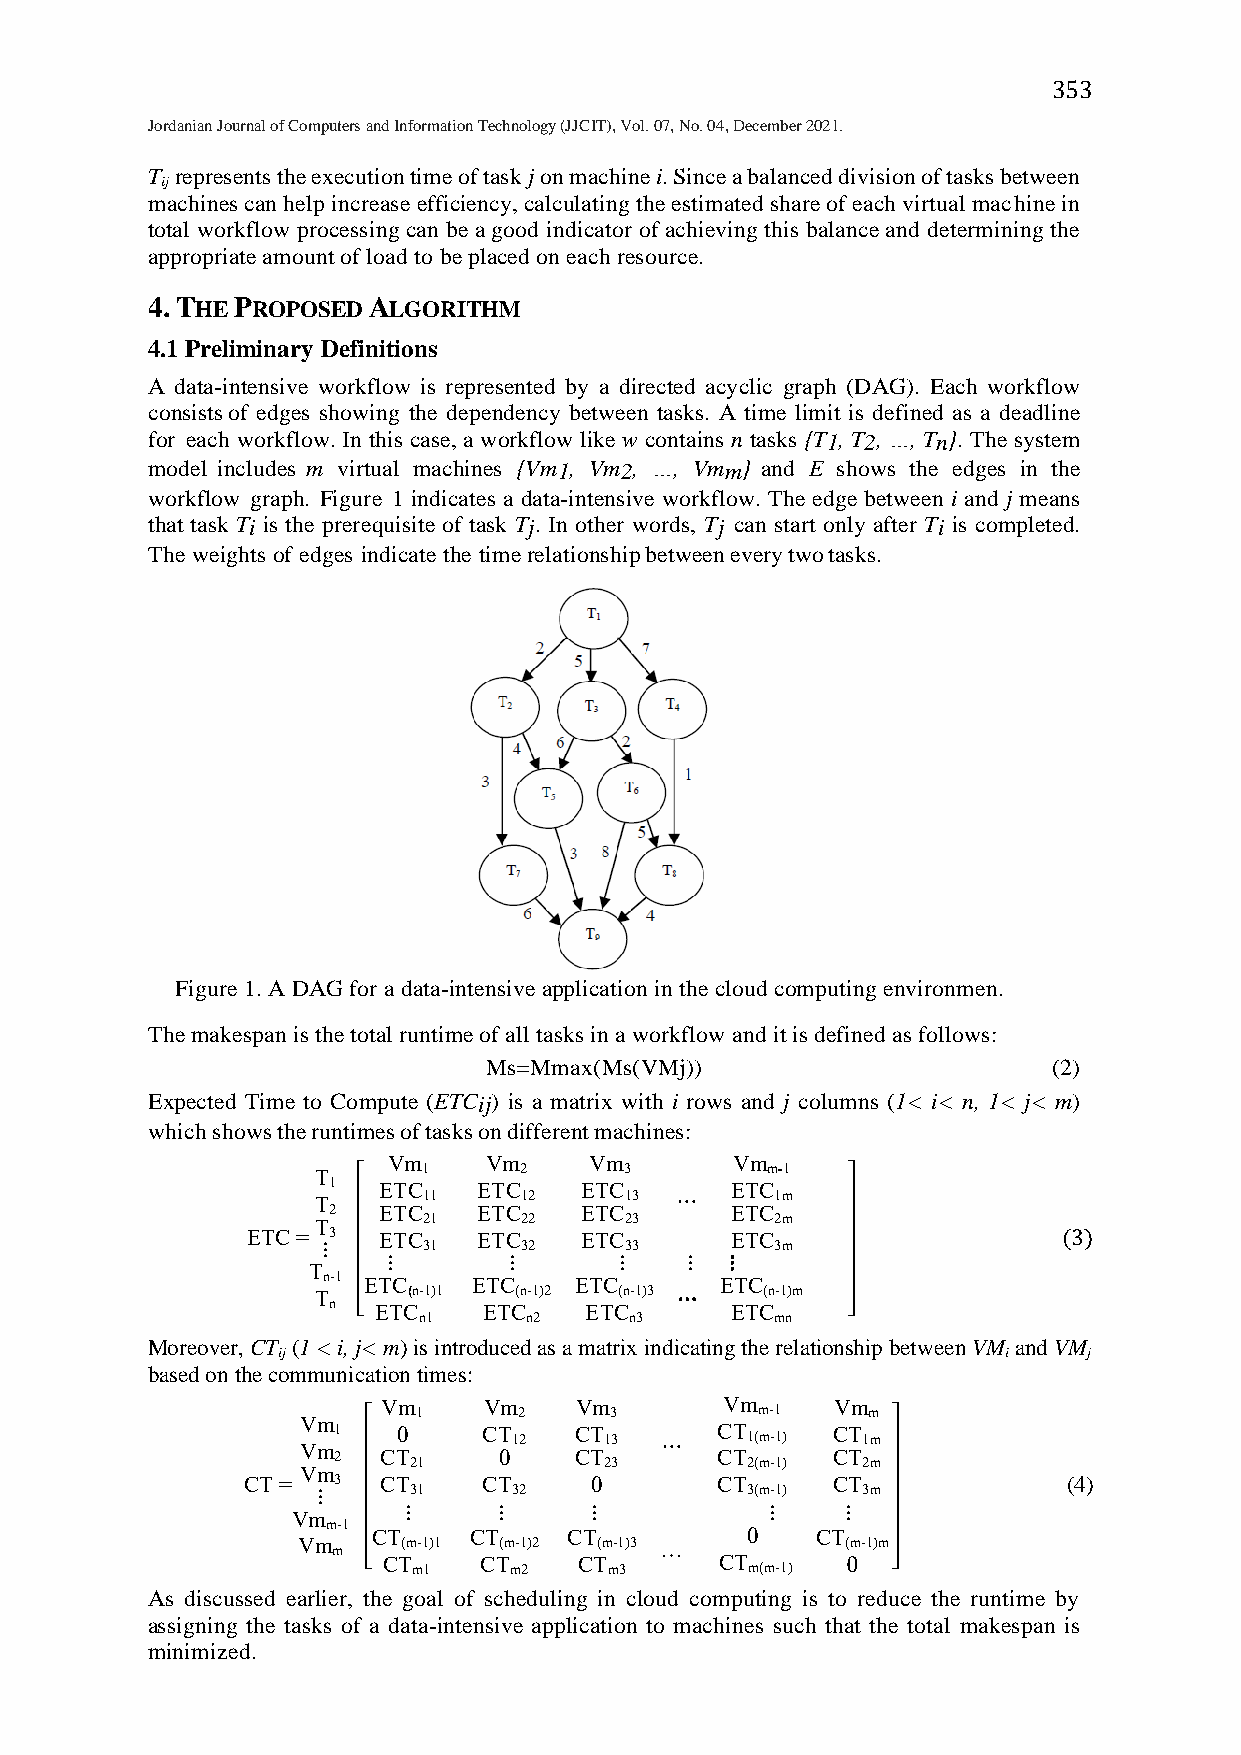
353
 Jordanian Journal of Computers and Information Technology (JJCIT), Vol. 07, No. 04, December 2021.
 T represents the execution time of task j on machine i. Since a balanced division of tasks between
 ij
 machines can help increase efficiency, calculating the estimated share of each virtual machine in
 total workflow processing can be a good indicator of achieving this balance and determining the
 appropriate amount of load to be placed on each resource.
 4.THE PROPOSED ALGORITHM
 4.1 Preliminary Definitions
 A data-intensive workflow is represented by a directed acyclic graph (DAG). Each workflow
 consists of edges showing the dependency between tasks. A time limit is defined as a deadline
 for each workflow. In this case, a workflow like w contains n tasks {T1, T2, …, Tn}. The system
 model includes m virtual machines {Vm1, Vm2, …, Vmm} and E shows the edges in the
 workflow graph. Figure 1 indicates a data-intensive workflow. The edge between i and j means
 that task Ti is the prerequisite of task Tj. In other words, Tj can start only after Ti is completed.
 The weights of edges indicate the time relationship between every two tasks.
 Figure 1. A DAG for a data-intensive application in the cloud computing environmen.
 The makespan is the total runtime of all tasks in a workflow and it is defined as follows:
 Ms=Mmax(Ms(VMj))                      (2)
 Expected Time to Compute (ETCij) is a matrix with i rows and j columns (1< i< n, 1< j< m)
 which shows the runtimes of tasks on different machines:
 Vm    Vm     Vm       Vm
 T
 1
 ETC1   ETC2  ETC3      ETCm-1
 T      11    12     13  ⋯     1m
 2  ETC    ETC   ETC       ETC
 ETC
 =T
 3
 ETC21  ETC22 ETC23     ETC2m
 (3)
 ⋮      31    32     33        3m
 ⋮       ⋮      ⋮   ⋮  ⋮
 T
 n-1 ETC   ETC    ETC       ETC
 T     (n-1)1 (n-1)2 (n-1)3 ⋯  (n-1)m
 n [ ETC   ETC    ETC      ETC     ]
 n1     n2     n3       mn
 Moreover, CT (1 < i, j< m) is introduced as a matrix indicating the relationship between VM and VM
 ij                                               i    j
 based on the communication times:
 Vm
 Vm 1   Vm 2  Vm 3      Vm m-1 Vm m
 V Vm m1
 2
 CT0
 21
 CT 012 C CT T1 23
 3
 ⋯  C CT T1 2( (m m- -1 1)
 )
 C CT T1 2m
 m
 CT =  3  CT     CT     0       CT      CT              (4)
 ⋮     31     32             3(m-1)  3m
 Vm      ⋮     ⋮     ⋮           ⋮    ⋮
 m-1
 CT    CT     CT         0    CT
 Vm m   (m-1)1 (m-1)2 (m-1)3 …       (m-1)m
 [ CT    CT    CT        CT      0  ]
 m1     m2    m3        m(m-1)
 As discussed earlier, the goal of scheduling in cloud computing is to reduce the runtime by
 assigning the tasks of a data-intensive application to machines such that the total makespan is
 minimized.